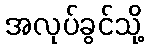
အလုပ်ခွင်သို့